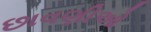
છાવણીઓ